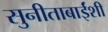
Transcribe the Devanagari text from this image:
सुनीताबाईंशी